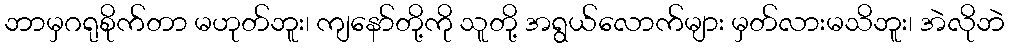
ဘာမှဂရုစိုက်တာ မဟုတ်ဘူး၊ ကျနော်တို့ကို သူတို့ အရွယ်လောက်များ မှတ်လားမသိဘူး၊ အဲလိုဘဲ